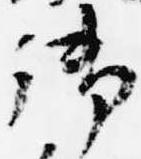
御